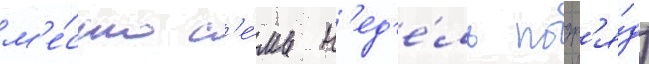
м'е́сто с'е́мь н'ед'е́ль подр'я́д)